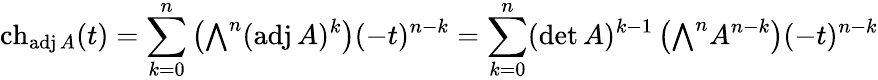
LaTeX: \operatorname{ch}_{\operatorname{adj}A}(t)=\sum_{k=0}^{n}\left({\textstyle\bigwedge}^{n}(\operatorname{adj}A)^{k}\right)(-t)^{n-k}=\sum_{k=0}^{n}(\operatorname*{det}A)^{k-1}\left({\textstyle\bigwedge}^{n}A^{n-k}\right)(-t)^{n-k}